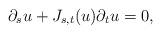
LaTeX: \begin{align*} \partial_s u + J_{s,t}(u)\partial_t u =0,\end{align*}